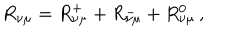
R _ { \nu \mu } = R _ { \nu \mu } ^ { + } + R _ { \nu \mu } ^ { - } + R _ { \nu \mu } ^ { 0 } \, ,